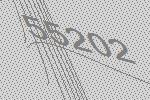
55202